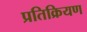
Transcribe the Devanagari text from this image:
प्रतिक्रियण